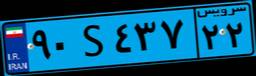
۹۰S۴۳۷۲۲